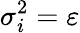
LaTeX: \sigma_{i}^{2}=\varepsilon